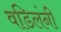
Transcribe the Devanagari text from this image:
वडिलंनी